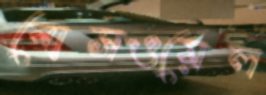
বোসওয়েল